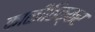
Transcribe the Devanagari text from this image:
काळीठिक्कर